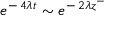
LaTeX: \: e ^ { - \, 4 \lambda t } \sim e ^ { - \, 2 \lambda z ^ { - } } \: